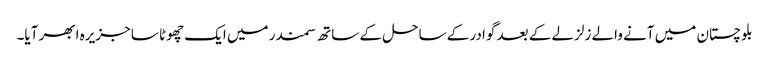
بلوچستان میں آنے والے زلزلے کے بعد گوادر کے ساحل کے ساتھ سمندر میں ایک چھوٹا سا جزیرہ ابھر آیا۔